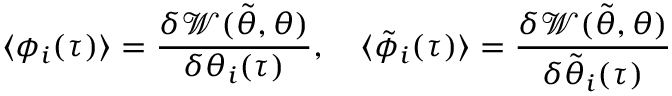
\langle \phi _ { i } ( \tau ) \rangle = \frac { \delta \mathcal { W } ( \tilde { \theta } , \theta ) } { \delta \theta _ { i } ( \tau ) } , \quad \langle \tilde { \phi } _ { i } ( \tau ) \rangle = \frac { \delta \mathcal { W } ( \tilde { \theta } , \theta ) } { \delta \tilde { \theta } _ { i } ( \tau ) }